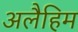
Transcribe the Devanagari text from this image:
अलैहिम